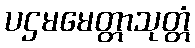
ပဌမမေတ္တာသုတ္တံ